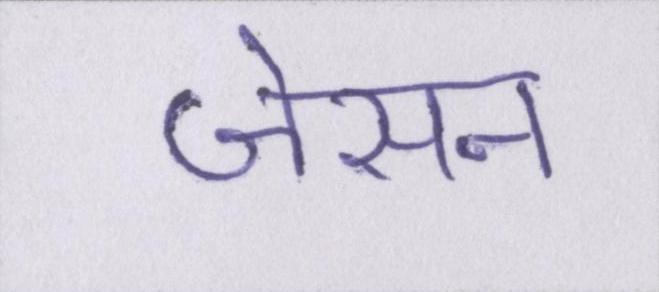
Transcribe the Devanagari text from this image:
जेसन